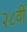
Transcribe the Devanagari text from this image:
२८वीं